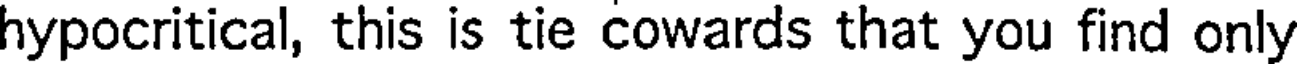
hypocritical, this is tie cowards that you find only